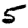
Digit: 5